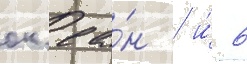
ок'еа́н / и́ 6